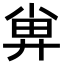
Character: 𡮁